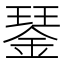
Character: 𨨖